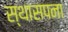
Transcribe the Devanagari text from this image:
स्थासपना